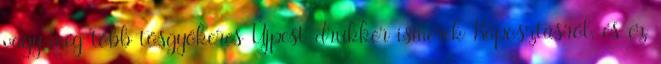
vagy még több tősgyökeres Újpest-drukker ismerek Káposztásról. és ez